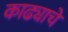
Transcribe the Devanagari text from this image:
काढ्याचे